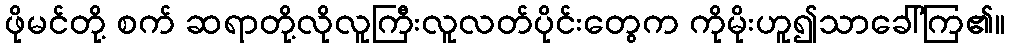
ဖိုမင်တို့ စက် ဆရာတို့လိုလူကြီးလူလတ်ပိုင်းတွေက ကိုမိုးဟူ၍သာခေါ်ကြ၏။